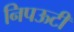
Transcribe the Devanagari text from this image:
निपऊटी